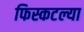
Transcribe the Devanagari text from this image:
फिस्कटल्या